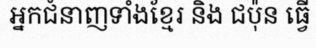
អ្នកជំនាញទាំងខ្មែរ និង ជប៉ុន ធ្វើ